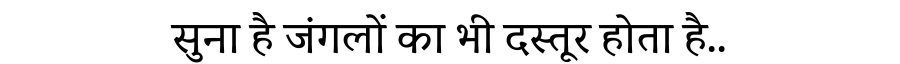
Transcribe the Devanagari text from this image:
सुना है जंगलों का भी दस्तूर होता है..